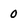
Character: 0